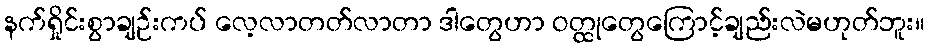
နက်ရှိုင်းစွာချဉ်းကပ် လေ့လာတတ်လာတာ ဒါတွေဟာ ဝတ္ထုတွေကြောင့်ချည်းလဲမဟုတ်ဘူး။